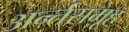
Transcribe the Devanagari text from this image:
अर्न्तसमूह